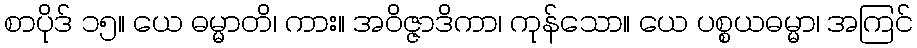
စာပိုဒ် ၁၅။ ယေ ဓမ္မာတိ၊ ကား။ အဝိဇ္ဇာဒိကာ၊ ကုန်သော။ ယေ ပစ္စယဓမ္မာ၊ အကြင်